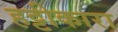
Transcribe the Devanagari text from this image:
हट्टीकारा